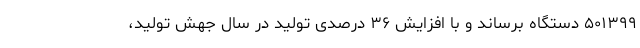
۵۰۱۳۹۹ دستگاه برساند و با افزایش ۳۶ درصدی تولید در سال جهش تولید،‌